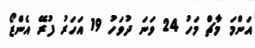
އަންމަ މާޗް މަހު 24 ވަނަ ދުވަހު 19 އަހަރު ފުރޭ އެންޒޯ